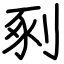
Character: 剢